画像に写った文字を読んでください
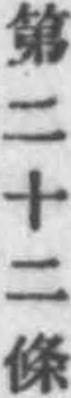
「第二十二條」と書いてあります